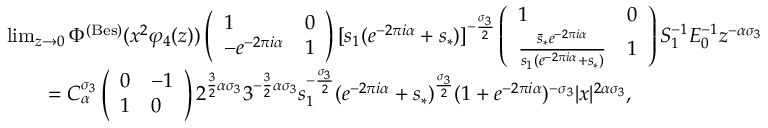
\begin{array} { r l } & { \operatorname* { l i m } _ { z \to 0 } \Phi ^ { ( \mathrm { B e s } ) } ( x ^ { 2 } \varphi _ { 4 } ( z ) ) \left( \begin{array} { l l } { 1 } & { 0 } \\ { - e ^ { - 2 \pi i \alpha } } & { 1 } \end{array} \right) [ s _ { 1 } ( e ^ { - 2 \pi i \alpha } + s _ { * } ) ] ^ { - \frac { \sigma _ { 3 } } { 2 } } \left( \begin{array} { l l } { 1 } & { 0 } \\ { \frac { \bar { s } _ { * } e ^ { - 2 \pi i \alpha } } { s _ { 1 } ( e ^ { - 2 \pi i \alpha } + s _ { * } ) } } & { 1 } \end{array} \right) S _ { 1 } ^ { - 1 } E _ { 0 } ^ { - 1 } z ^ { - \alpha \sigma _ { 3 } } } \\ & { \qquad = C _ { \alpha } ^ { \sigma _ { 3 } } \left( \begin{array} { l l } { 0 } & { - 1 } \\ { 1 } & { 0 } \end{array} \right) 2 ^ { \frac { 3 } { 2 } \alpha \sigma _ { 3 } } 3 ^ { - \frac { 3 } { 2 } \alpha \sigma _ { 3 } } s _ { 1 } ^ { - \frac { \sigma _ { 3 } } { 2 } } ( e ^ { - 2 \pi i \alpha } + s _ { * } ) ^ { \frac { \sigma _ { 3 } } { 2 } } ( 1 + e ^ { - 2 \pi i \alpha } ) ^ { - \sigma _ { 3 } } | x | ^ { 2 \alpha \sigma _ { 3 } } , } \end{array}